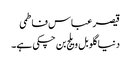
قیصر عباس فاطمی
دنیا گلوبل ویلج بن چکی ہے۔